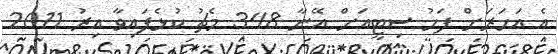
އެ އަހަރަށް ފަހު ސިޓީއަށް އޭނާ 348 މެޗު ކުޅެފައިވާ އިރު 2011